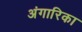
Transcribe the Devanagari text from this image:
अंगारिका